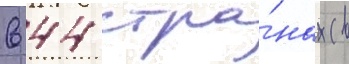
в 44 стра́нах (в